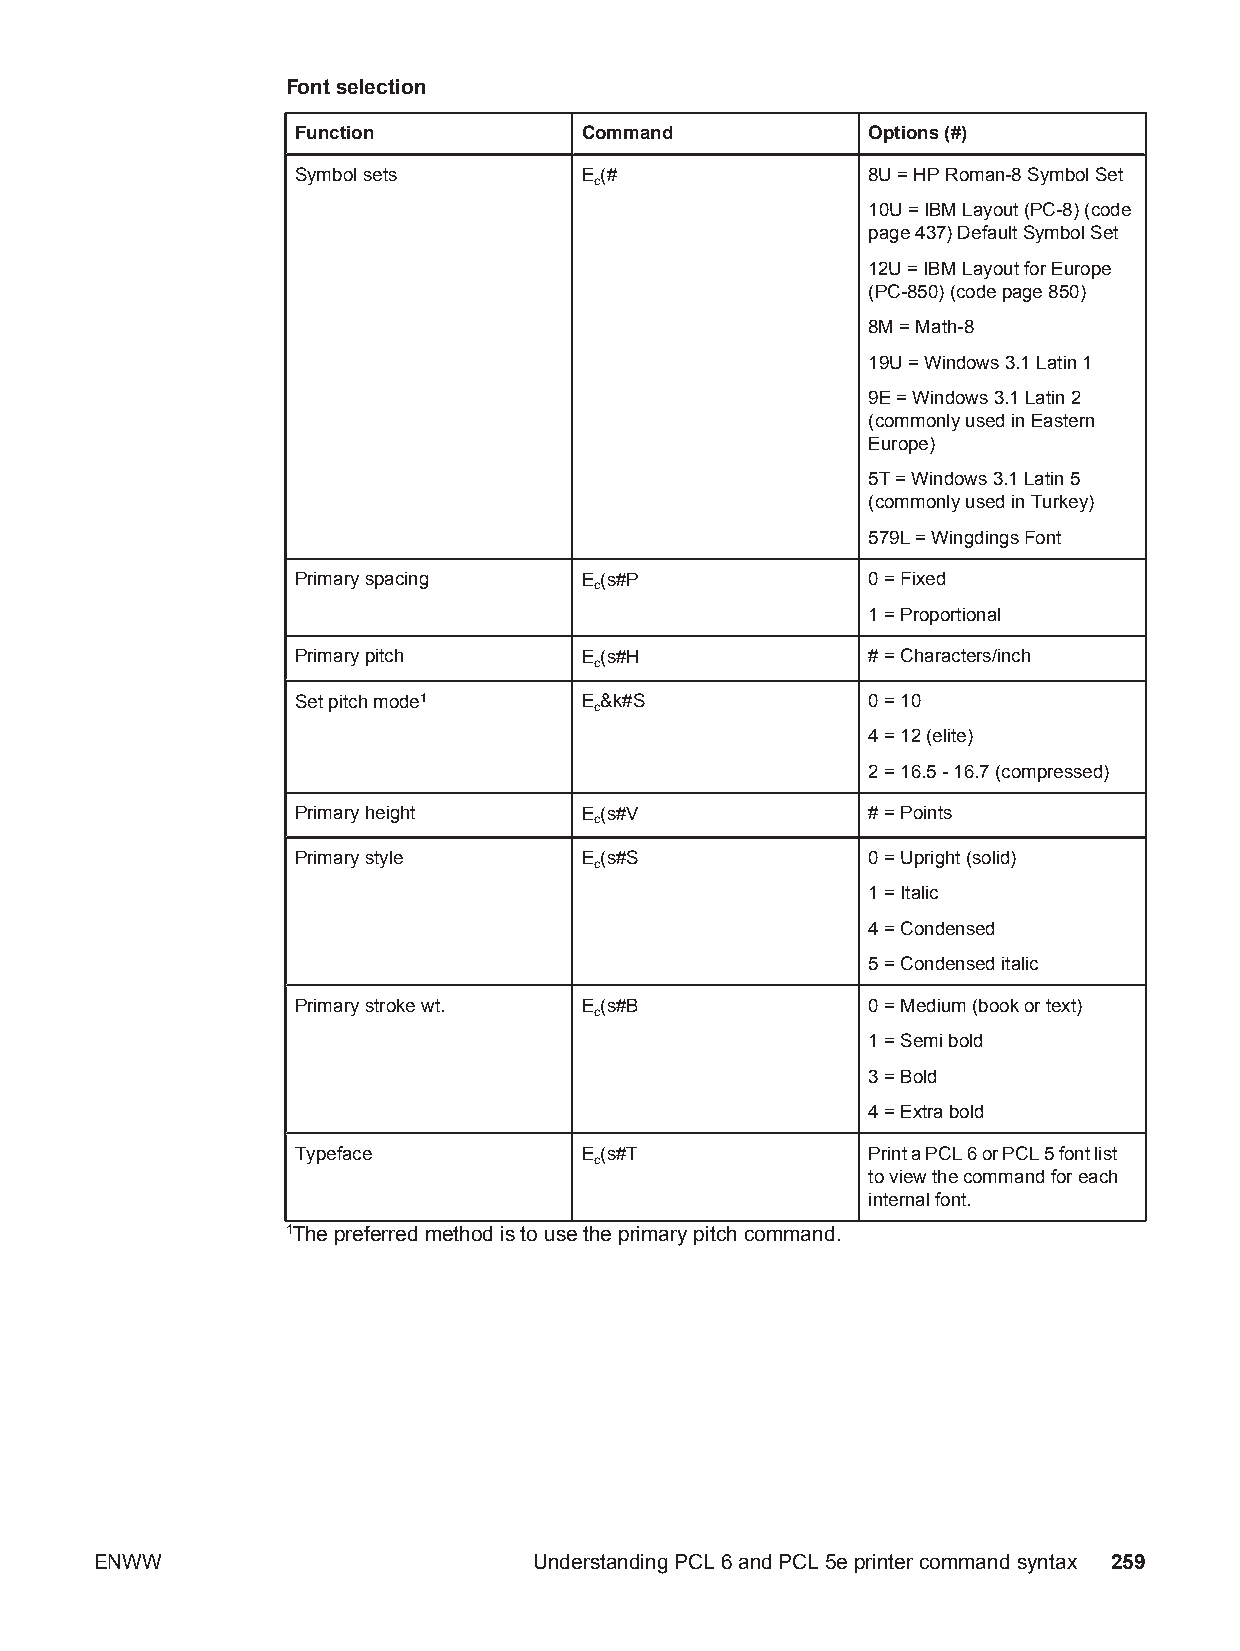
Font selection
 Function          Command            Options (#)
 Symbol sets       E(#                8U = HP Roman-8 Symbol Set
 c
 10U = IBM Layout (PC-8) (code
 page 437) Default Symbol Set
 12U = IBM Layout for Europe
 (PC-850) (code page 850)
 8M = Math-8
 19U = Windows 3.1 Latin 1
 9E = Windows 3.1 Latin 2
 (commonly used in Eastern
 Europe)
 5T = Windows 3.1 Latin 5
 (commonly used in Turkey)
 579L = Wingdings Font
 Primary spacing   E(s#P              0 = Fixed
 c
 1 = Proportional
 Primary pitch     E(s#H              # = Characters/inch
 c
 Set pitch mode1   E&k#S              0 = 10
 c
 4 = 12 (elite)
 2 = 16.5 - 16.7 (compressed)
 Primary height    E(s#V              # = Points
 c
 Primary style     E(s#S              0 = Upright (solid)
 c
 1 = Italic
 4 = Condensed
 5 = Condensed italic
 Primary stroke wt. E(s#B             0 = Medium (book or text)
 c
 1 = Semi bold
 3 = Bold
 4 = Extra bold
 Typeface          E(s#T              Print a PCL 6 or PCL 5 font list
 c
 to view the command for each
 internal font.
 1The preferred method is to use the primary pitch command.
 ENWW                         Understanding PCL 6 and PCL 5e printer command syntax 259